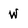
Character: W